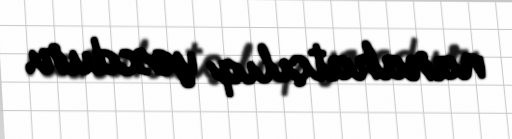
narahatçılıq yoxdur.